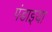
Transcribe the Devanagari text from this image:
पंडाइया